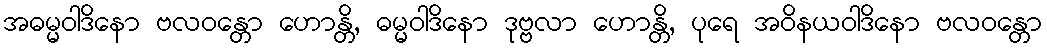
အဓမ္မဝါဒိနော ဗလဝန္တော ဟောန္တိ, ဓမ္မဝါဒိနော ဒုဗ္ဗလာ ဟောန္တိ, ပုရေ အဝိနယဝါဒိနော ဗလဝန္တော